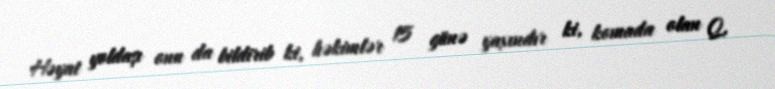
Həyat yoldaşı onu da bildirib ki, həkimlər 15 günə yaxındır ki, komada olan Q.